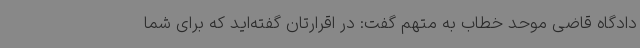
دادگاه قاضی موحد خطاب به متهم گفت: در اقرارتان گفته‌اید که برای شما